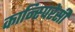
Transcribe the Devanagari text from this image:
कान्स्पिरेसी